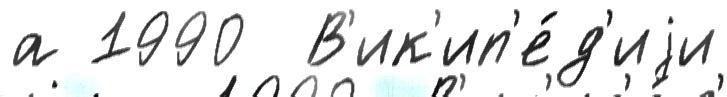
а 1990  В'ик'ип'е́д'иjи